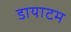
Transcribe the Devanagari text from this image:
डायाटम